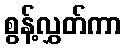
စွန့်လွှတ်ကာ